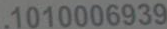
.1010006939